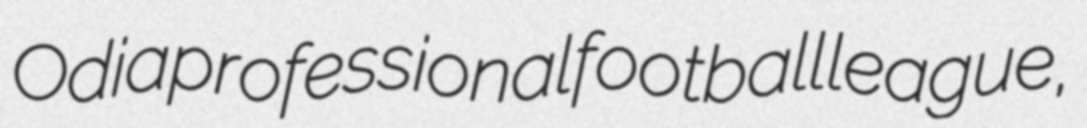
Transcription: Odia professional football league,